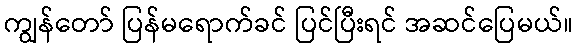
ကျွန်တော် ပြန်မရောက်ခင် ပြင်ပြီးရင် အဆင်ပြေမယ်။